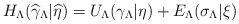
\begin{align*}H_{\Lambda }(\widehat{\gamma }_{\Lambda }|\widehat{\eta })=U_{\Lambda}(\gamma _{\Lambda }|\eta )+E_{\Lambda }(\sigma _{\Lambda }|\xi )\end{align*}